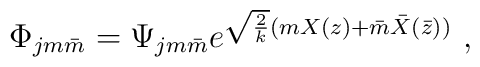
\Phi_{jm\bar{m}}=\Psi_{jm\bar{m}}e^{\sqrt{2\over k}(mX(z)+\bar m\bar X(\bar z))}~,